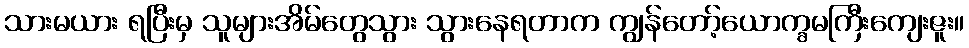
သားမယား ရပြီးမှ သူများအိမ်တွေသွား သွားနေရတာက ကျွန်တော့်ယောက္ခမကြီးကျေးဇူး။